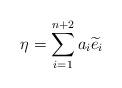
LaTeX: \begin{align*} \eta = \sum_{i=1}^{n+2} a_i \widetilde{e}_i \end{align*}